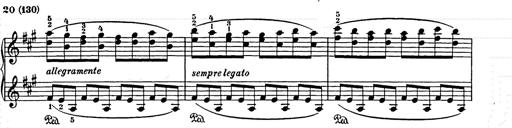
Title: Weihnachtsbaum
Composer: Franz Liszt